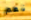
نعم